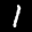
Label: 1